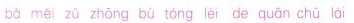
bá měi zǔ zhōng bù tóng lèi de quān chū lái